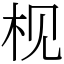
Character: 枧